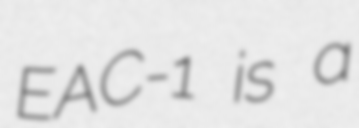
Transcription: EAC-1 is a